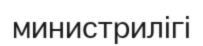
министрилігі